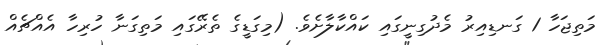
މަތިޖަހާ 1 ގަނޑިއިރު މެދުގިނީގައި ކައްކާލާށެވެ. (މިގަޑީގެ ތެރޭގައި މަތިގަނާ ހުރިހާ އެއްޗެއް